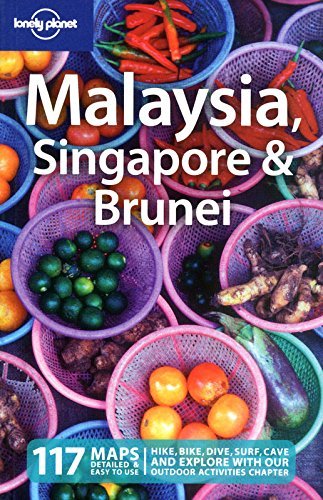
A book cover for By Simon Richmond Lonely Planet Malaysia Singapore & Brunei (Country Travel Guide) (11th Eleventh Edition) [Paperback]; Travel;